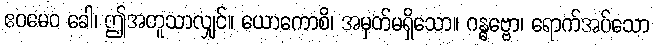
ဧဝမေဝ ခေါ၊ ဤအတူသာလျှင်။ ယောကောစိ၊ အမှတ်မရှိသော။ ဂန္ဓဗ္ဗော၊ ရောက်အပ်သော